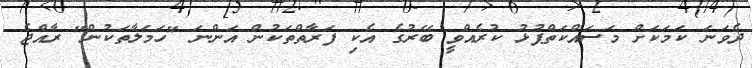
ދެވަނަ ކަމަކަށް މަސައްކަތްޕުޅު ކުރެއްވީ ބޭރުގެ އެކި ފަރާތްތަކުން އަންނަ "ހަމަލާތަކުން" ރާއްޖެ